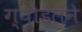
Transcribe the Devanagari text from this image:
ग्योडेलने